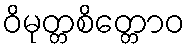
ဝိမုတ္တစိတ္တောဝ